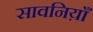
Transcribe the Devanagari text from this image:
सावनिय़ाँ